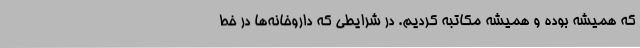
که همیشه بوده و همیشه مکاتبه کردیم. در شرایطی که داروخانه‌ها در خط